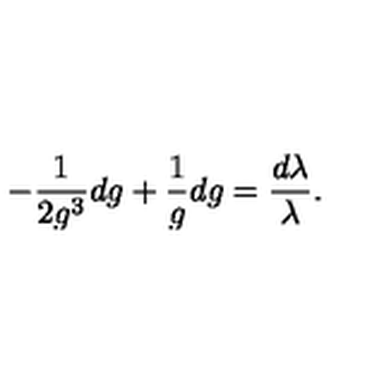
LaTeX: - \frac { 1 } { 2 g ^ { 3 } } d g + \frac { 1 } { g } d g = \frac { d \lambda } { \lambda } .